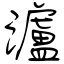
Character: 瀘